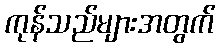
ကုန်သည်များအတွက်